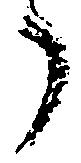
了